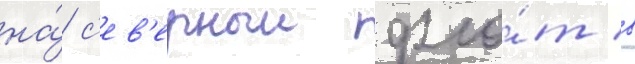
на́ с'ев'ерныи фло́т в